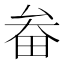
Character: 畚